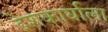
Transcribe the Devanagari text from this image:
देशकार्याला